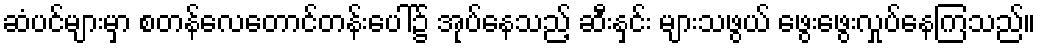
ဆံပင်များမှာ စတန်လေတောင်တန်းပေါ်၌ အုပ်နေသည့် ဆီးနှင်း များသဖွယ် ဖွေးဖွေးလှုပ်နေကြသည်။